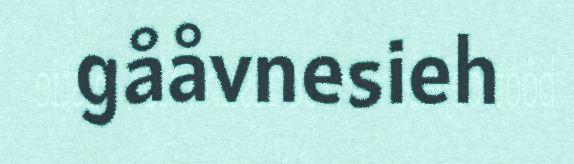
gååvnesieh